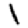
Digit: 1